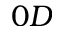
0 D